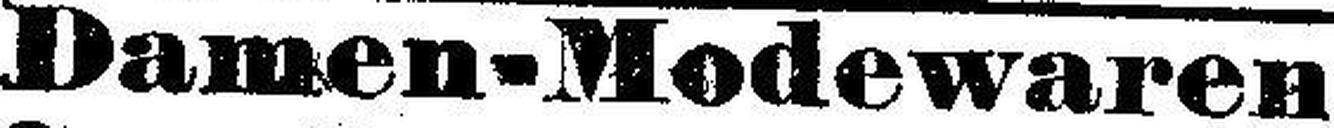
Damen-Modewaren